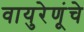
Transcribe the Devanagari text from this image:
वायुरेणूंचे